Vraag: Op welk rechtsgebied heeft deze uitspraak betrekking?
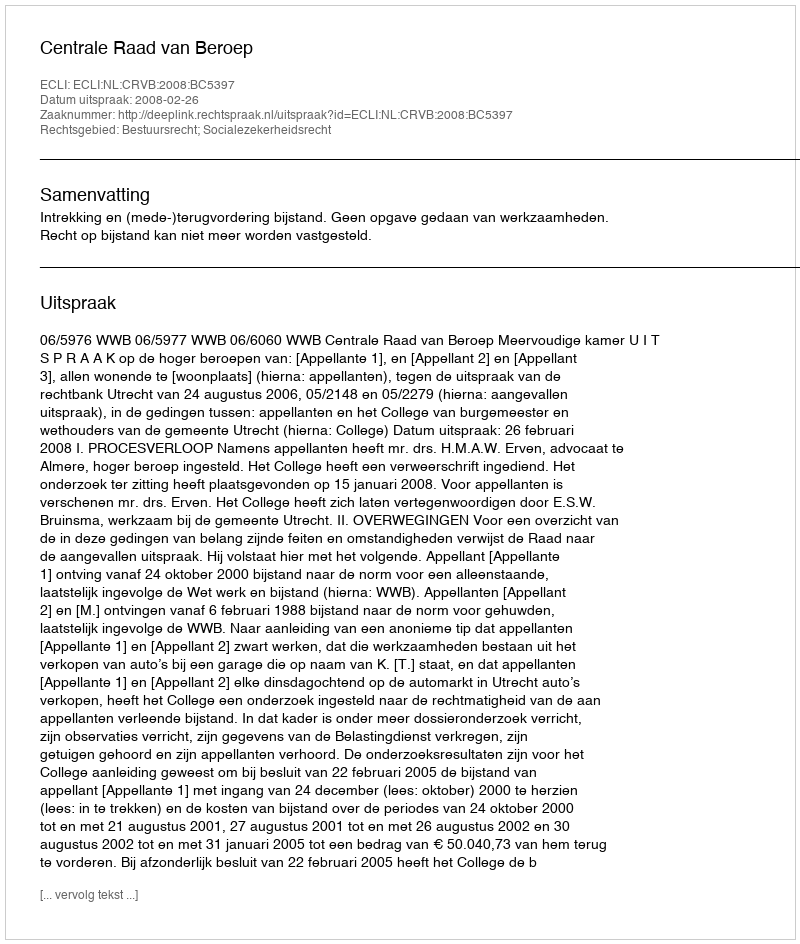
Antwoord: Bestuursrecht; Socialezekerheidsrecht